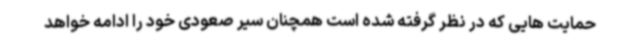
حمایت هایی که در نظر گرفته شده است همچنان سیر صعودی خود را ادامه خواهد